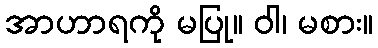
အာဟာရကို မပြု။ ဝါ၊ မစား။